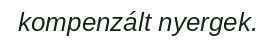
kompenzált nyergek.